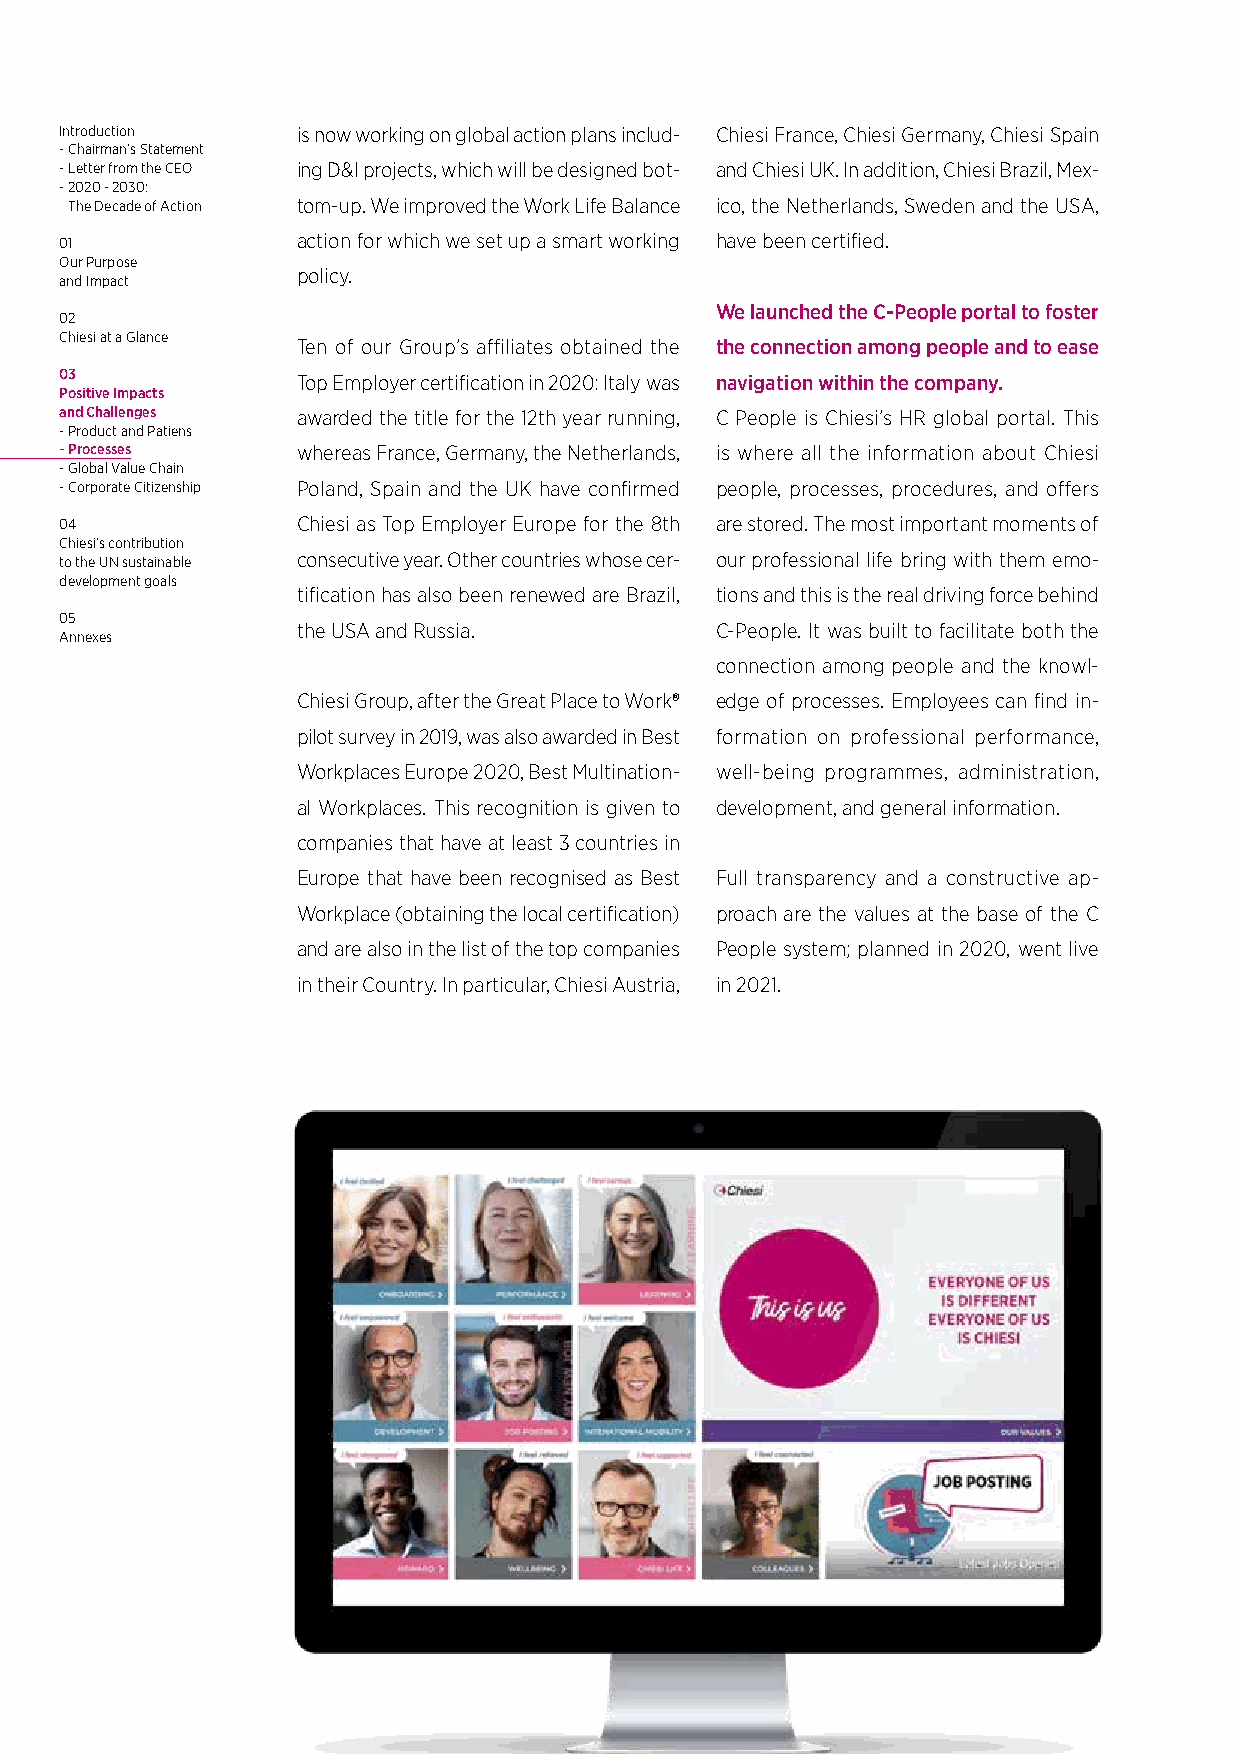
Introduction    is now working on global action plans includ- Chiesi France, Chiesi Germany, Chiesi Spain
 - Chairman’s Statement
 - Letter from the CEO ing D&I projects, which will be designed bot- and Chiesi UK. In addition, Chiesi Brazil, Mex-
 - 2020 - 2030:
 The Decade of Action tom-up. We improved the Work Life Balance ico, the Netherlands, Sweden and the USA,
 01              action for which we set up a smart working have been certified.
 Our Purpose
 policy.
 and Impact
 We launched the C-People portal to foster
 02
 Chiesi at a Glance
 Ten of our Group’s affiliates obtained the the connection among people and to ease
 03              Top Employer certification in 2020: Italy was navigation within the company.
 Positive Impacts
 and Challenges  awarded the title for the 12th year running, C People is Chiesi’s HR global portal. This
 - Product and Patiens
 - Processes     whereas France, Germany, the Netherlands, is where all the information about Chiesi
 - Global Value Chain
 - Corporate Citizenship Poland, Spain and the UK have confirmed people, processes, procedures, and offers
 04              Chiesi as Top Employer Europe for the 8th are stored. The most important moments of
 Chiesi’s contribution
 to the UN sustainable consecutive year. Other countries whose cer- our professional life bring with them emo-
 development goals
 tification has also been renewed are Brazil, tions and this is the real driving force behind
 05
 the USA and Russia.        C-People. It was built to facilitate both the
 Annexes
 connection among people and the knowl-
 Chiesi Group, after the Great Place to Work® edge of processes. Employees can find in-
 pilot survey in 2019, was also awarded in Best formation on professional performance,
 Workplaces Europe 2020, Best Multination- well-being programmes, administration,
 al Workplaces. This recognition is given to development, and general information.
 companies that have at least 3 countries in
 Europe that have been recognised as Best Full transparency and a constructive ap-
 Workplace (obtaining the local certification) proach are the values at the base of the C
 and are also in the list of the top companies People system; planned in 2020, went live
 in their Country. In particular, Chiesi Austria, in 2021.